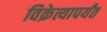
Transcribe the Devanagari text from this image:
विक्रेत्यापर्यंत